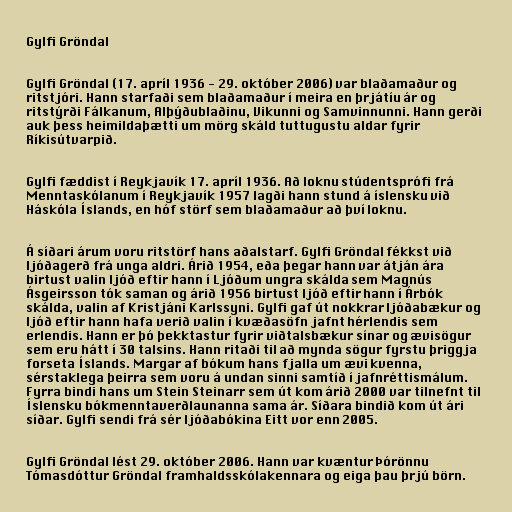
Gylfi Gröndal

Gylfi Gröndal (17. apríl 1936 - 29. október 2006) var blaðamaður og
ritstjóri. Hann starfaði sem blaðamaður í meira en þrjátíu ár og
ritstýrði Fálkanum, Alþýðublaðinu, Vikunni og Samvinnunni. Hann gerði
auk þess heimildaþætti um mörg skáld tuttugustu aldar fyrir
Ríkisútvarpið.

Gylfi fæddist í Reykjavík 17. apríl 1936. Að loknu stúdentsprófi frá
Menntaskólanum í Reykjavík 1957 lagði hann stund á íslensku við
Háskóla Íslands, en hóf störf sem blaðamaður að því loknu.

Á síðari árum voru ritstörf hans aðalstarf. Gylfi Gröndal fékkst við
ljóðagerð frá unga aldri. Árið 1954, eða þegar hann var átján ára
birtust valin ljóð eftir hann í Ljóðum ungra skálda sem Magnús
Ásgeirsson tók saman og árið 1956 birtust ljóð eftir hann í Árbók
skálda, valin af Kristjáni Karlssyni. Gylfi gaf út nokkrar ljóðabækur og
ljóð eftir hann hafa verið valin í kvæðasöfn jafnt hérlendis sem
erlendis. Hann er þó þekktastur fyrir viðtalsbækur sínar og ævisögur
sem eru hátt í 30 talsins. Hann ritaði til að mynda sögur fyrstu þriggja
forseta Íslands. Margar af bókum hans fjalla um ævi kvenna,
sérstaklega þeirra sem voru á undan sinni samtíð í jafnréttismálum.
Fyrra bindi hans um Stein Steinarr sem út kom árið 2000 var tilnefnt til
Íslensku bókmenntaverðlaunanna sama ár. Síðara bindið kom út ári
síðar. Gylfi sendi frá sér ljóðabókina Eitt vor enn 2005.

Gylfi Gröndal lést 29. október 2006. Hann var kvæntur Þórönnu
Tómasdóttur Gröndal framhaldsskólakennara og eiga þau þrjú börn.